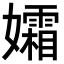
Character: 孀